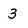
Character: 3